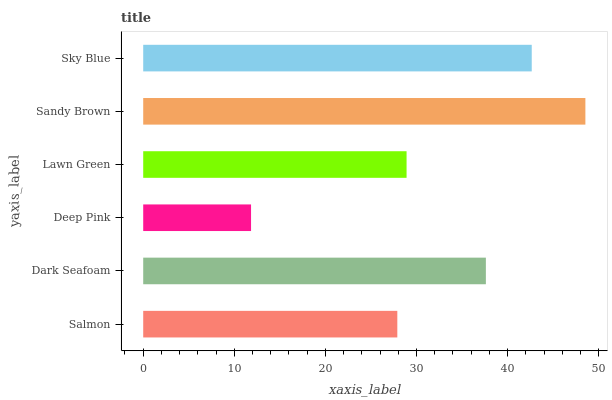
| yaxis_label | bars |
 | --- | --- |
 | Salmon | 27.9 |
 | Dark Seafoam | 37.6 |
 | Deep Pink | 11.8 |
 | Lawn Green | 28.9 |
 | Sandy Brown | 48.5 |
 | Sky Blue | 42.7 |